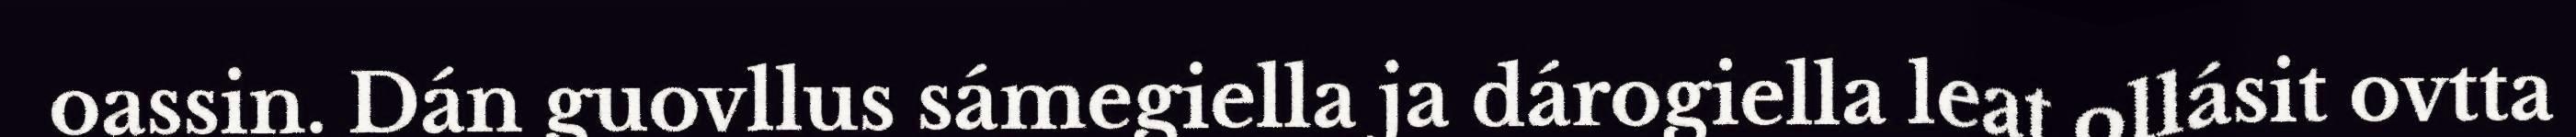
oassin. Dán guovllus sámegiella ja dárogiella leat ollásit ovtta